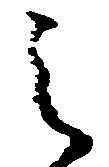
之